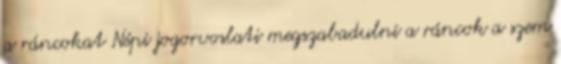
a ráncokat Népi jogorvoslati megszabadulni a ráncok a szem